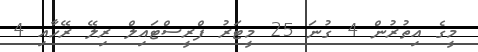
މީގެ އިތުރުން 4 ގުނަ 25 މީޓަރު ފްރީސްޓައިލް ރިލޭ ރޭހާއި 4